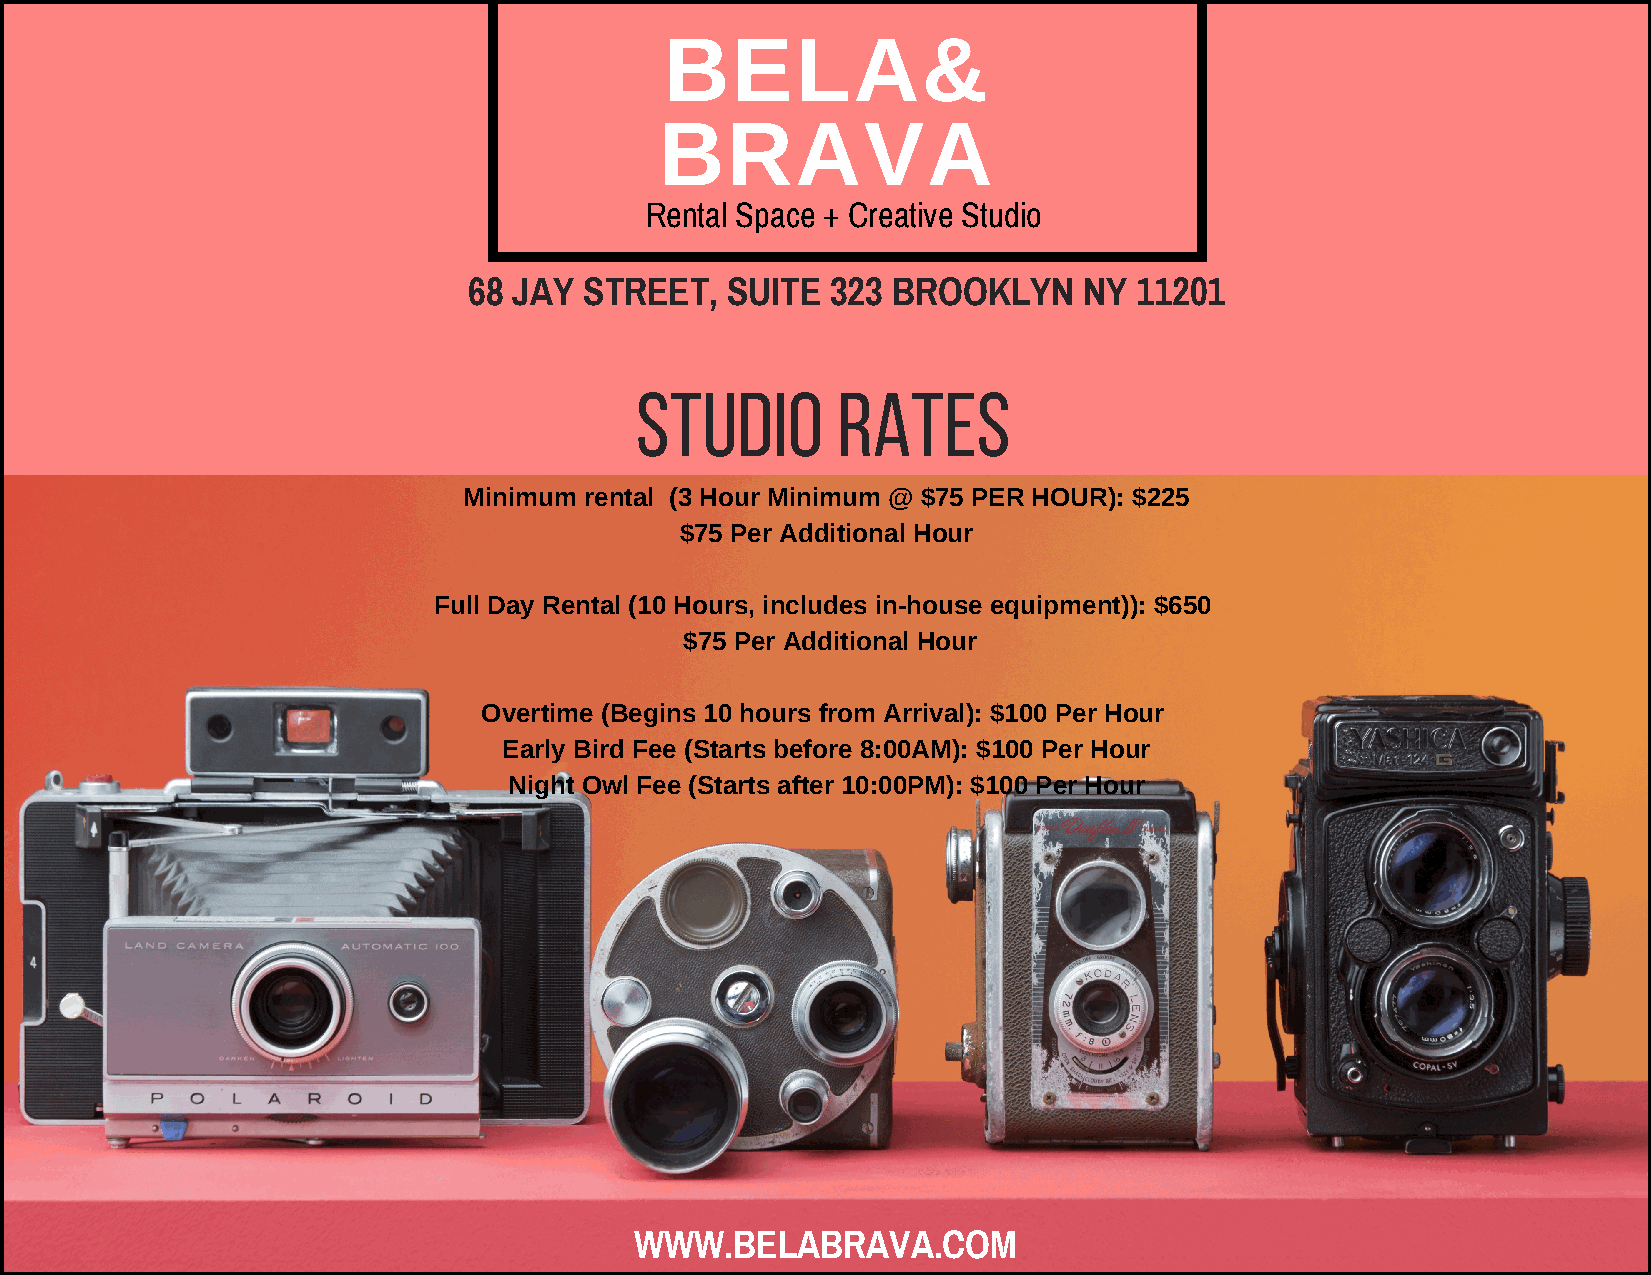
BELA&
 BRAVA
 Rental Space + Creative Studio
 68 JAY  STREET,  SUITE  323 BROOKLYN     NY 11201
 Studio       Rates
 Minimum rental (3 Hour Minimum @ $75 PER HOUR): $225
 $75 Per Additional Hour
 Full Day Rental (10 Hours, includes in-house equipment)): $650
 $75 Per Additional Hour
 Overtime (Begins 10 hours from Arrival): $100 Per Hour
 Early Bird Fee (Starts before 8:00AM): $100 Per Hour
 Night Owl Fee (Starts after 10:00PM): $100 Per Hour
 WWW.BELABRAVA.COM